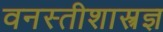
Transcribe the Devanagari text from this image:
वनस्तीशास्त्रज्ञ